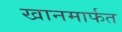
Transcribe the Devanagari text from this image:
खानमार्फत